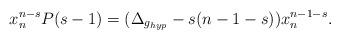
LaTeX: \begin{align*} x_n^{n-s}P(s-1)=(\Delta_{g_{hyp}}-s(n-1-s))x_n^{n-1-s}. \end{align*}